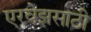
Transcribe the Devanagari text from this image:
एरवेझसाठी